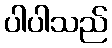
ပါပါသည်